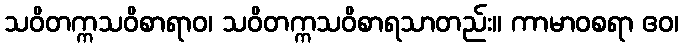
သဝိတက္ကသဝိစာရာဝ၊ သဝိတက္ကသဝိစာရသာတည်း။ ကာမာဝစရာ ဧဝ၊